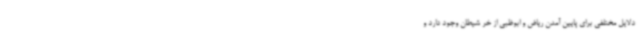
دلایل مختلفی برای پایین آمدن ریاض و ابوظبی از خر شیطان وجود دارد و